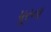
પૂરના